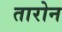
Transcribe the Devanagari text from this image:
तारोन